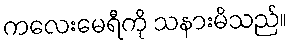
ကလေးမေရီကို သနားမိသည်။